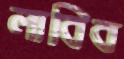
লাবিব